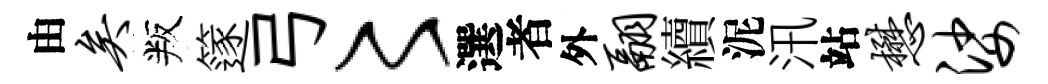
由矣叛篴弓〻選者外翮續泥汛站懋娑